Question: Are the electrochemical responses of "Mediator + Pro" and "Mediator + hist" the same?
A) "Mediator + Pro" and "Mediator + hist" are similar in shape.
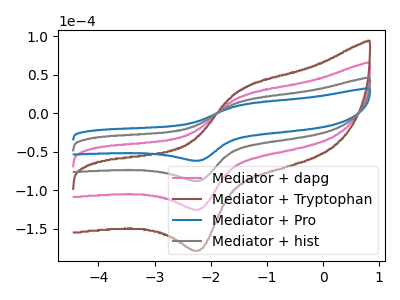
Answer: <think>The pink curve "Mediator + dapg" has an anodic peak at (-1.50V, 29.25uA) and a cathodic peak at (-2.20V, -174.85uA). The brown curve "Mediator + Tryptophan" has an anodic peak at (-1.50V, 43.85uA) and a cathodic peak at (-2.20V, -262.30uA). The blue curve "Mediator + Pro" has an anodic peak at (-1.50V, 10.25uA) and a cathodic peak at (-2.20V, -61.35uA). The gray curve "Mediator + hist" has an anodic peak at (-1.50V, 14.60uA) and a cathodic peak at (-2.20V, -87.45uA).
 All the peaks in "Mediator + Pro" have a peak in "Mediator + hist" at the same potential. Every peak in "Mediator + Pro" is lower than every peak in "Mediator + hist".</think>
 <answer>A) "Mediator + Pro" and "Mediator + hist" are similar in shape.</answer>
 <eval>A</eval>